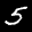
Label: 5